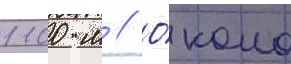
1100 м // О́коло